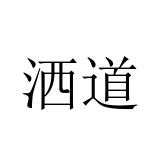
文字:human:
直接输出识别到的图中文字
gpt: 洒道